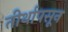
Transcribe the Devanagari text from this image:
तीर्थापसून